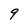
Character: 9